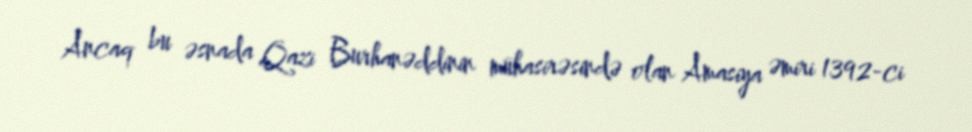
Ancaq bu əsnada Qazi Burhanəddinin mühasirəsində olan Amasiya əmiri 1392-ci